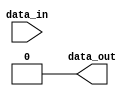
module TwoBitShift(output data_out, input data_in);
	assign data_out = data_in << 2;
endmodule